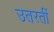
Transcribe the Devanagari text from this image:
उतरतीं